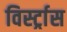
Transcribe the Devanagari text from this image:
विर्स्ट्रास